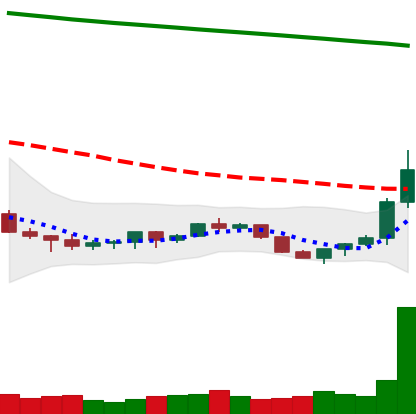
Ticker: ETC-USD
Chart end date: 2022-07-17
Forward return: 30.11%
Label: up_7plus